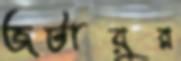
জটায়ুর